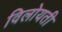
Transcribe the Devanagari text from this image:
विलोयती